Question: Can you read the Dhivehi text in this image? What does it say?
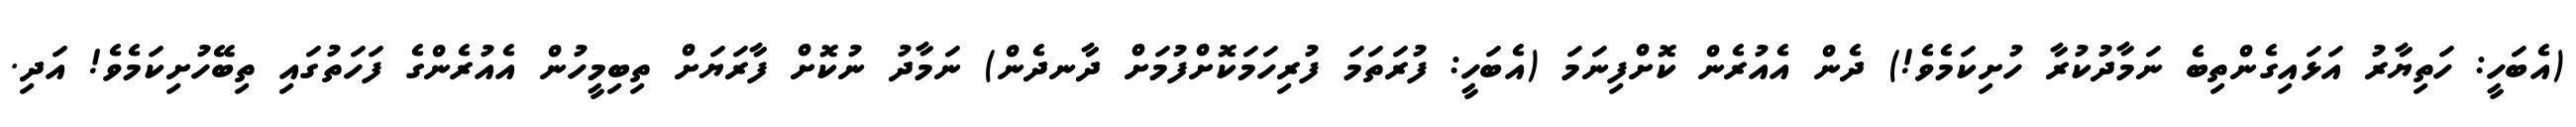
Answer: (އެބަހީ: ހަތިޔާރު އަޅައިގެންތިބެ ނަމާދުކުރާ ހުށިކަމެވެ!) ދެން އެއުރެން ކޮށްފިނަމަ (އެބަހީ: ފުރަތަމަ ފުރިހަމަކޮށްފުމަށް ދާނދެން) ނަމާދު ނުކޮށް ފާރަޔަށް ތިބިމީހުން އެއުރެންގެ ފަހަތުގައި ތިބޭހުށިކަމެވެ! އަދި.